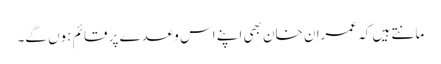
مانتے ہیں کہ عمران خان بھی اپنے اس وعدے پر قائم ہوں گے۔